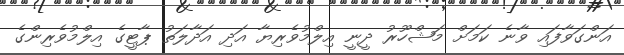
އަންގަވާފައި ވާނެ ކަމަށް މަޝްހޫރު ދީނީ އިލްމުވެރިޔާ އަދި އަދާލަތު ޕާޓީގެ އިލްމުވެރިންގެ